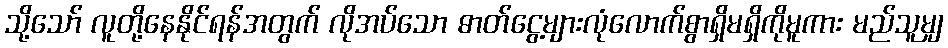
သို့သော် လူတို့နေနိုင်ရန်အတွက် လိုအပ်သော ဓာတ်ငွေ့များလုံလောက်စွာရှိမရှိကိုမူကား မည်သူမျှ